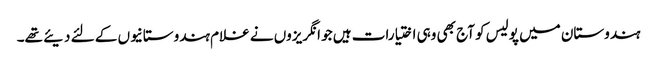
ہندوستان میں پولیس کو آج بھی وہی اختیارات ہیں جو انگریزوں نے غلام ہندوستانیوں کے لئے دیئے تھے۔